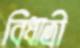
বিধাত্রী